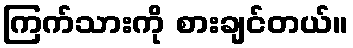
ကြက်သားကို စားချင်တယ်။